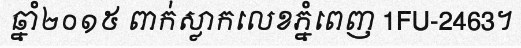
ឆ្នាំ២០១៥ ពាក់ស្លាកលេខភ្នំពេញ 1FU-2463។